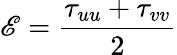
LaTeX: \mathscr{E}=\frac{\tau_{uu}+\tau_{vv}}{2}